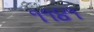
૧૧૪૧